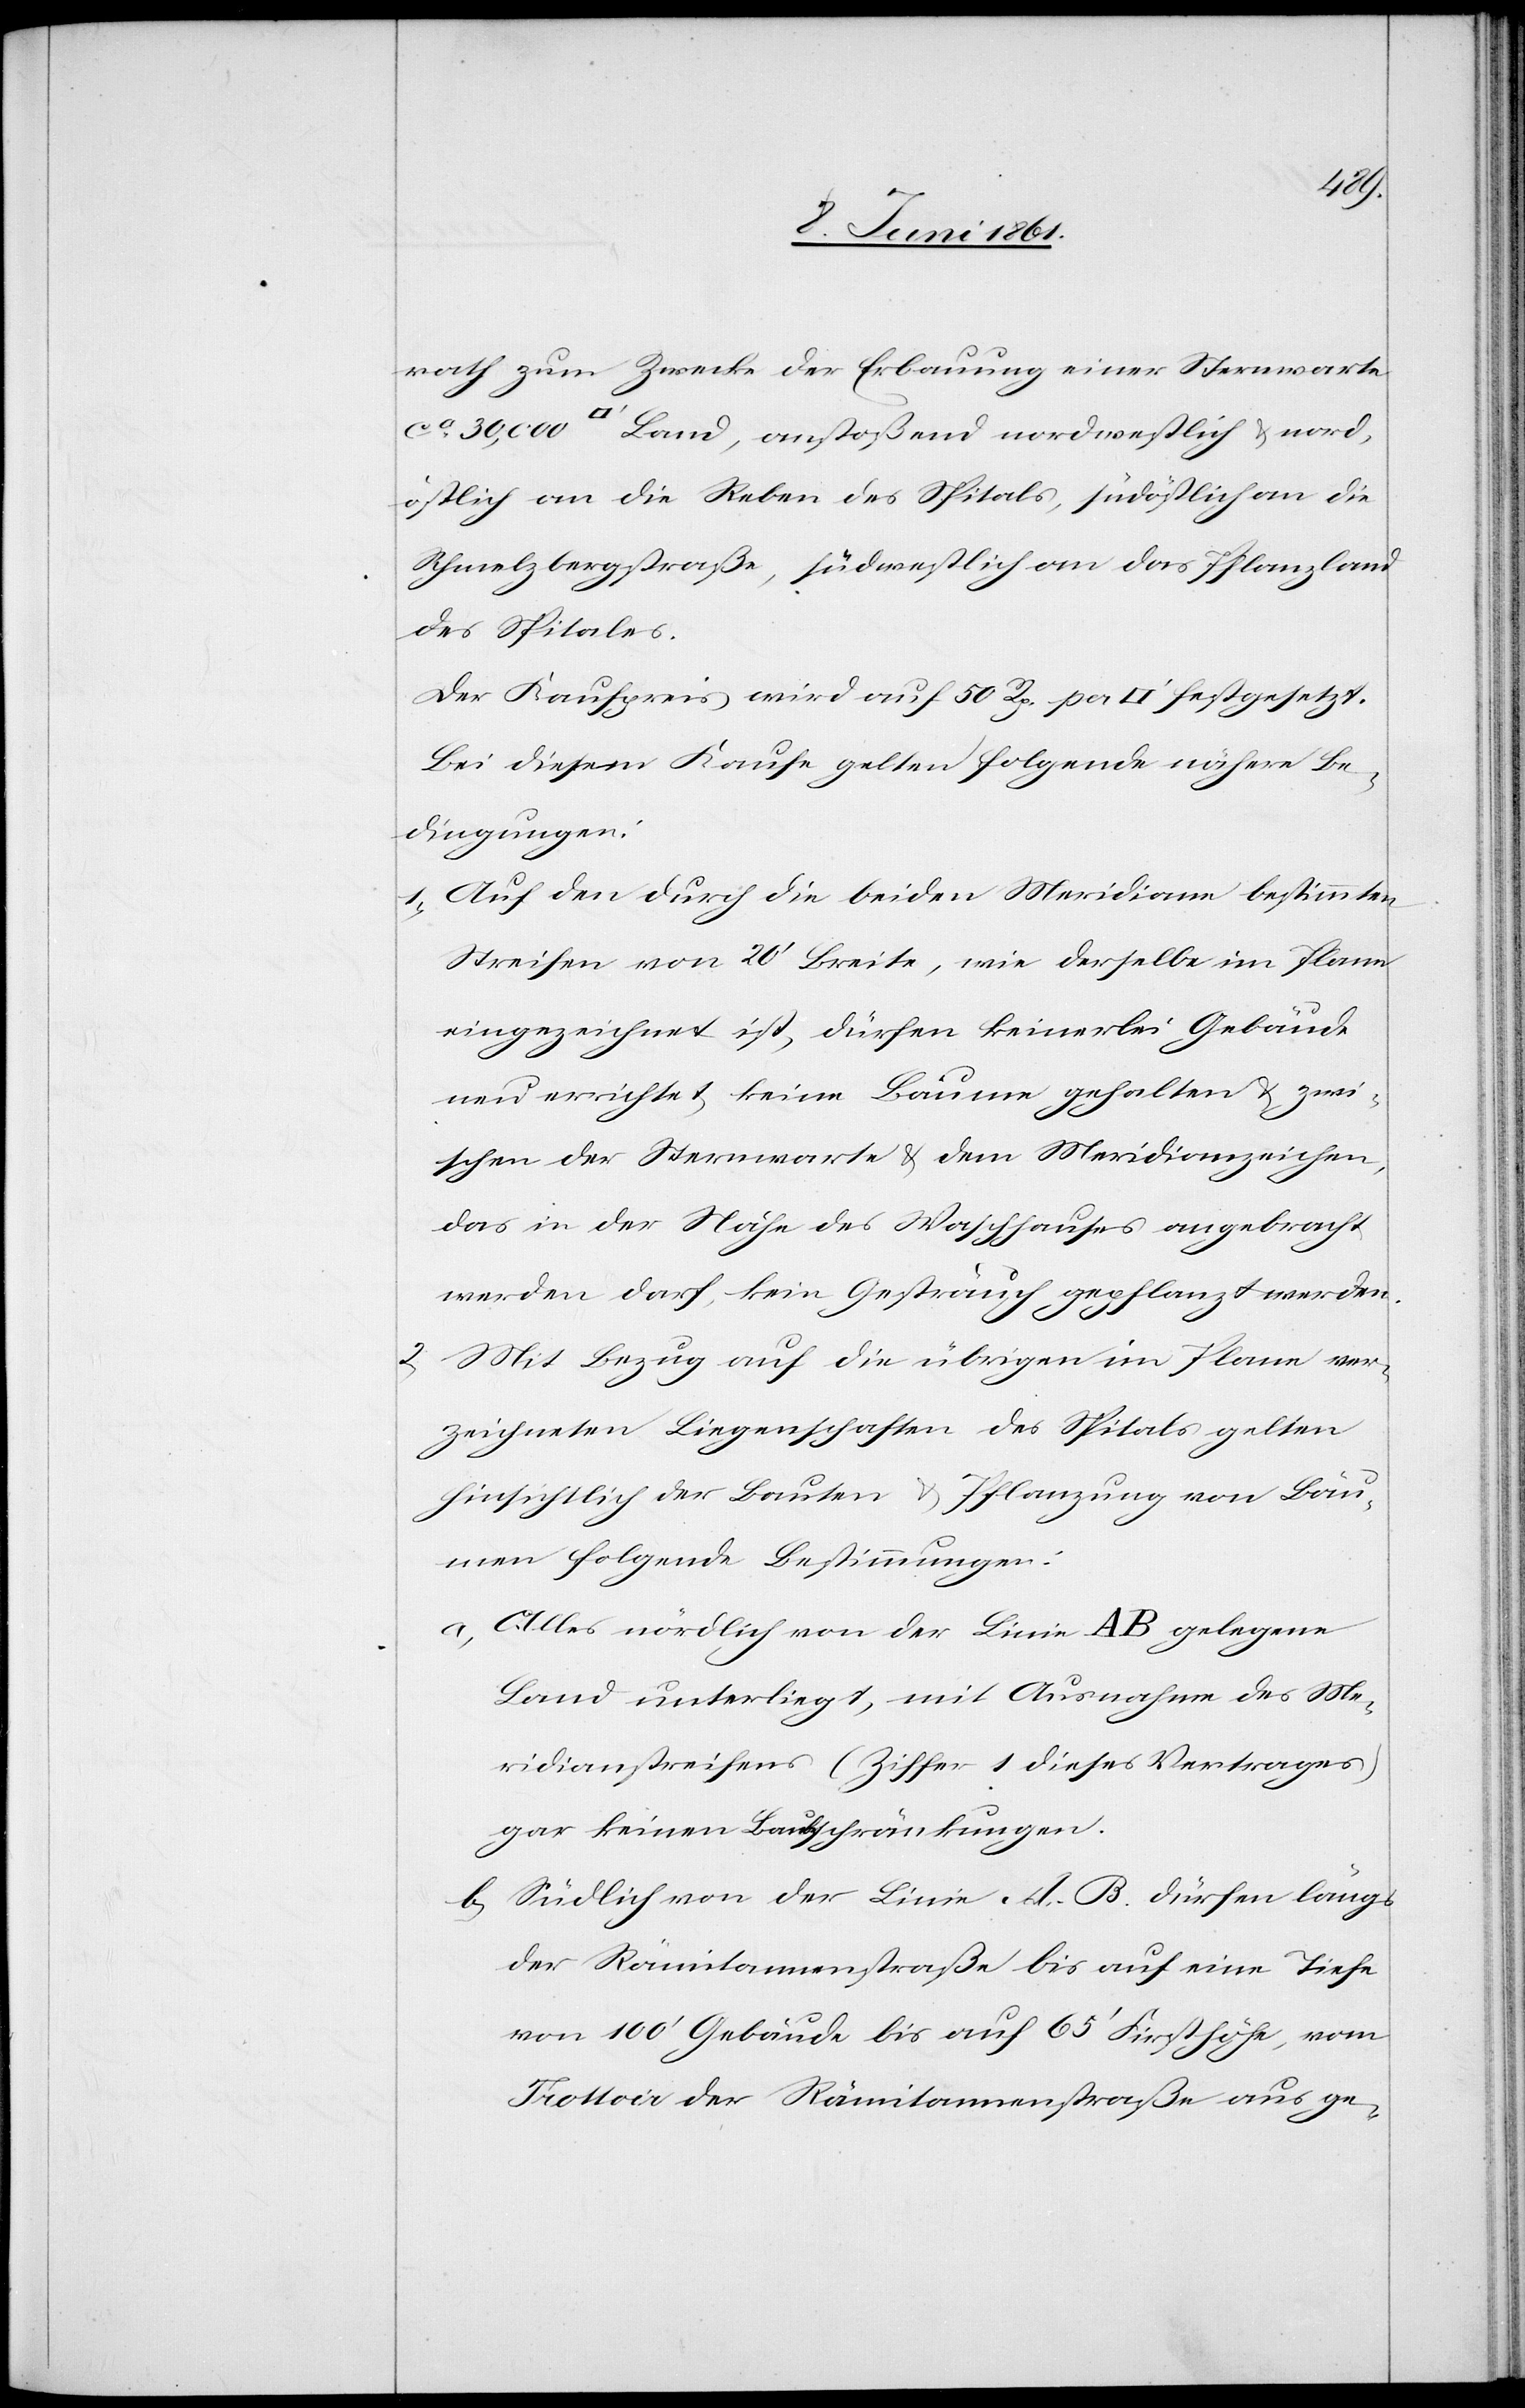
rath zum Zwecke der Erbauung einer Sternwarte
ca. 30,000 [Quadratfuß] Land, anstoßen nordwestlich u. nord¬
östlich an die Reben des Spitals, südöstlich an die
Schmelzbergstraße, südwestlich an das Pflanzland
des Spitals.
Der Kaufpreis wird auf 50 Rp. pr. [Quadratfuß] festgesetzt.
Bei diesem Kaufe gelten folgende nähere Be¬
dingungen:
1) Auf den durch die beiden Meridiane bestimmten
Streifen von 20’ Breite, wie derselbe im Plane
eingezeichnet ist, dürfen keinerlei Gebäue
neu errichtet, keine Bäume gehalten u. zwi¬
schen der Sternwarte u. dem Meridianzeichen,
das in der Nähe des Waschhauses angebracht
werden darf, kein Gesträuch gepflanzt werden.
2) Mit Bezug auf die übrigen im Plane ver¬
zeichneten Liegenschaften des Spitals gelten
hinsichtlich der Bauten u. Pflanzung von Bäu¬
men folgende Bestimmungen:
a. Alles nördlich von der Linie AB gelegene
Land unterliegt, mit Ausnahme des Me¬
ridianstreifens (Ziffer 1 dieses Vertrages)
gar keinen Bau[be]schränkungen.
b. Südlich von der Linie AB dürfen längs
der Rämitannenstraße bis auf eine Tiefe
von 100’ Gebäude bis auf 65’ Firsthöhe, vom
Trottoir der Rämitannenstraße aus ge-